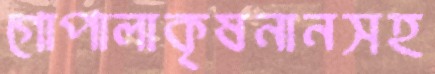
গোপালাকৃষনানসহ